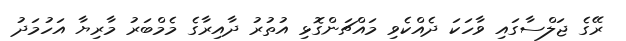
ރޭގެ ޖަލްސާގައި ވާހަކަ ދެއްކެވި މައްޗަންގޮޅި އުތުރު ދާއިރާގެ މެމްބަރު މާރިޔާ އަހުމަދު